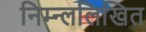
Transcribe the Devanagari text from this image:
निम्न्ललिखित